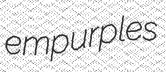
empurples